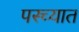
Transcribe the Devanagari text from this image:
पस्च्यात